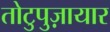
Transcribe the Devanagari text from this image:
तोटुपुज़ायार